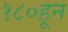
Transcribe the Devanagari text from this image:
१८०हून